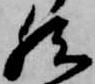
然